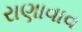
રાણાવાવ